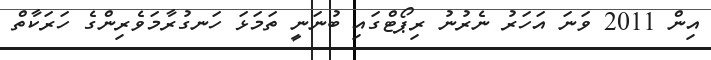
އިން 2011 ވަނަ އަހަރު ނެރުނު ރިޕޯޓްގައި ބުނަނީ ތަމަޅަ ހަނގުރާމަވެރިންގެ ހަރަކާތް